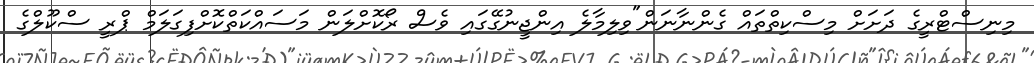
މިނިސްޓްރީގެ ދަށަށް މިސްކިތްތައް ގެންނާނަން"ވިލިމާލެ އިންޖީނުގޭގައި ވެސް ރޯކޮށްލަން މަސައްކަތްކޮށްފިގަލަމް ޕްރީ ސްކޫލްގެ